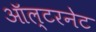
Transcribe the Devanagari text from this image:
ऑल्टरनेट